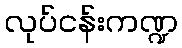
လုပ်ငန်းကဏ္ဍ